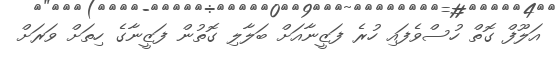
އަލޫފް ގޮތް ހުސްވެފައި ހުރެ ފަޒީނާއަށް ބަލާލި ގޮތުން ފަޒީނާގެ ހިތަށް ވަރަށް